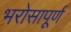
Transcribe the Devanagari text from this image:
भरोसापूर्ण